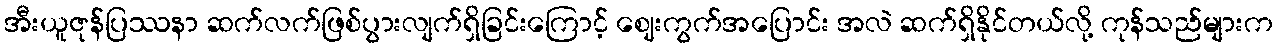
အီးယူဇုန်ပြဿနာ ဆက်လက်ဖြစ်ပွားလျက်ရှိခြင်းကြောင့် ဈေးကွက်အပြောင်း အလဲ ဆက်ရှိနိုင်တယ်လို့ ကုန်သည်များက